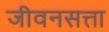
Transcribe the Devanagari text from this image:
जीवनसत्ता